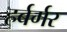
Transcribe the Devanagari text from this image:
हर्बर्गर